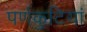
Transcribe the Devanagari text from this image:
पर्णकुटियां